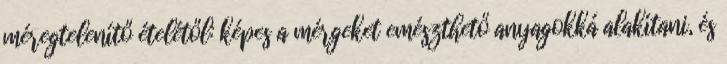
méregtelenítő ételétől: képes a mérgeket emészthető anyagokká alakítani, és